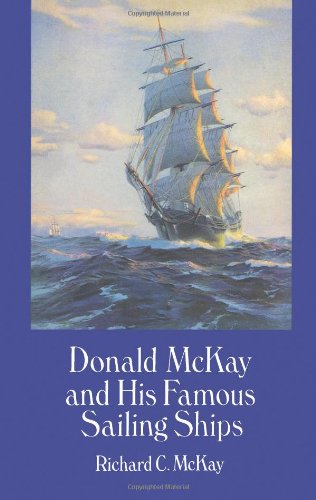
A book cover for Donald McKay and His Famous Sailing Ships (Dover Maritime); Richard C. McKay; Biographies & Memoirs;